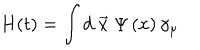
LaTeX: H ( t ) = \int d \stackrel { \rightarrow } { x } \Psi \left( x \right) \gamma _ { \mu }